Report on the working of the Ranchi Indian Mental Hospital, Kanke, in Bihar and Orissa - 1930-1940
Year: 1930
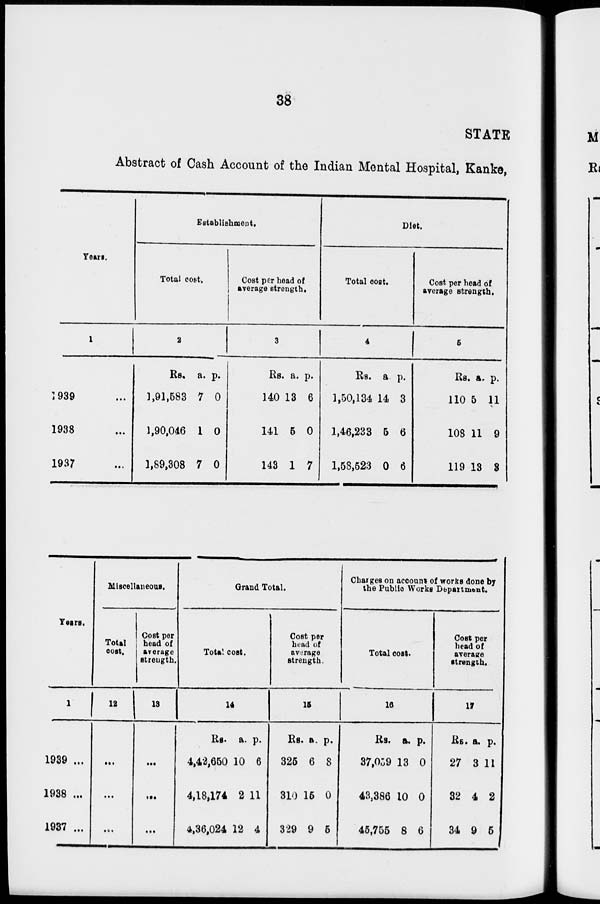
38
STATE
Abstract of Cash Account of the Indian Mental Hospital, Kanke,
Years.
1
1939 ...
1938 ...
1937 ...
Establishment.
Total cost.
2
Rs.
1,91,583
1,90,046
1,89,308
a.
7
1
7
p.
0
0
0
Cost per head of
Average strength.
3
Rs.
140
141
143
a.
13
5
1
p.
6
0
7
Diet.
Total cost.
4
Rs.
1,50,134
1,46,233
1,58,523
a.
14
5
0
p.
3
6
6
Cost per head of
average strength.
5
Rs
110
108
119
a.
5
11
13
p.
11
9
3
Years.
1
1939 ...
1938 ...
1937 ...
Miscellaneous.
Total
cost.
12
...
...
...
Cost per
head of
average
strength.
13
...
...
...
Grand Total.
Total cost.
14
Rs.
4,42,650
4,18,174
4,36,024
a.
10
2
12
p.
6
11
4
Cost per
head of
average
strength.
15
Rs.
325
310
329
a.
6
15
9
p.
8
0
5
Charges on account of works done by
the Public Works Department.
Total cost.
16
Rs.
37,059
43,386
45,755
a.
13
10
8
p.
0
0
6
Cost per
head of
average
strength.
17
RS.
27
32
34
a.
3
4
9
p.
11
2
5